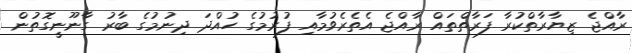
ރާއްޖެ ޒިޔާރާތްކުރާ ފަރާތްތައް ރާއްޖެ އެތެރެވުމާއި ފުރުމުގެ ހުއްދަ ދިނުމުގެ ބާރު ގާނޫނީގޮތުން